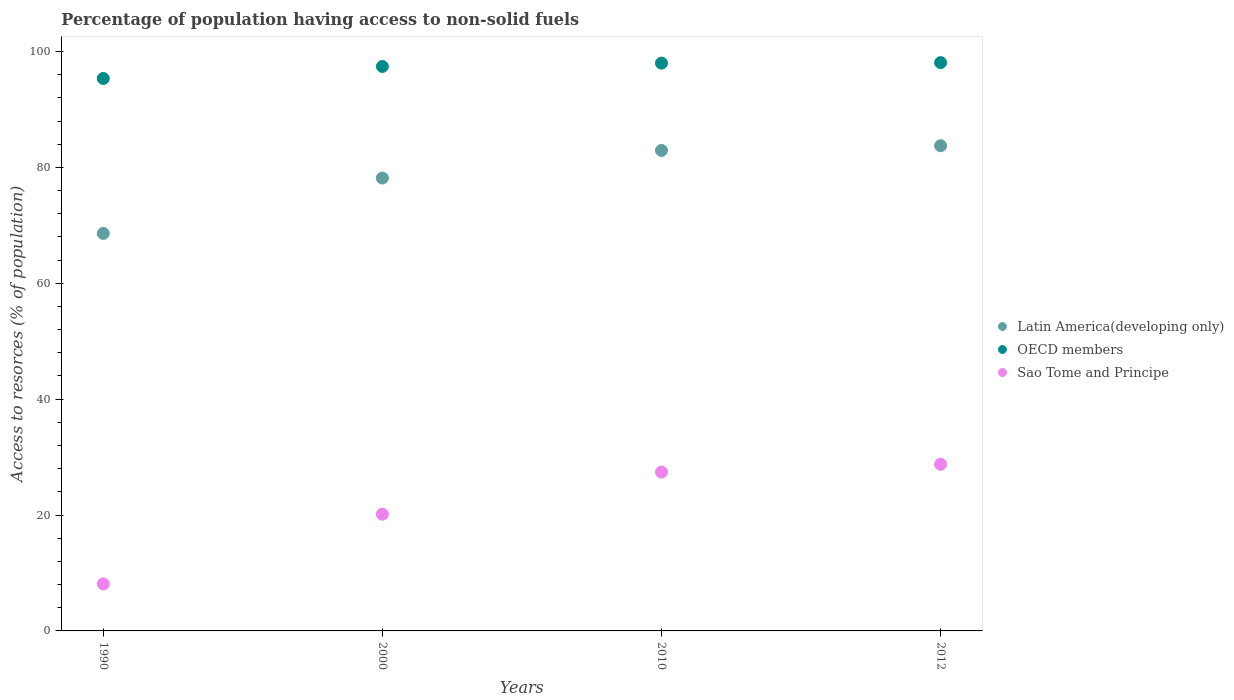
| Years | Latin America(developing only) | OECD members | Sao Tome and Principe |
 | --- | --- | --- | --- |
 | 1990 | 68.6 | 95.3 | 8.11 |
 | 2000 | 78.2 | 97.4 | 20.1 |
 | 2010 | 82.9 | 98 | 27.4 |
 | 2012 | 83.7 | 98.1 | 28.8 |